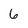
Character: 6